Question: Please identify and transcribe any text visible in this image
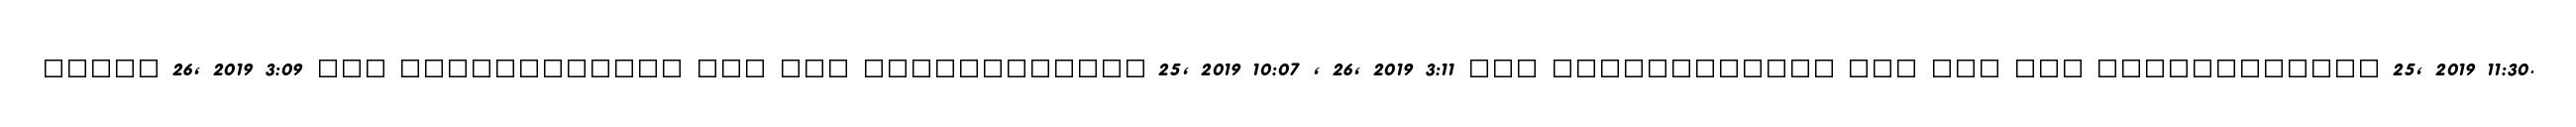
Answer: ????? 26, 2019 3:09 ??? ???????????? ??? ??? ???????????? 25, 2019 10:07 , 26, 2019 3:11 ??? ???????????? ??? ??? ??? ???????????? 25, 2019 11:30.